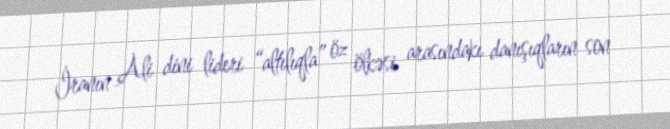
İranın Ali dini lideri “altılıqla” öz ölkəsi arasındakı danışıqların son